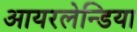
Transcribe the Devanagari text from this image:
आयरलेन्डिया